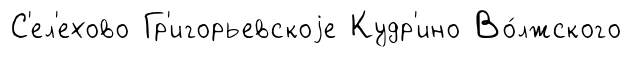
С'ел'ехово Гр'игорьевскоjе Кудр'ино Во́лжского